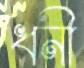
ধনী